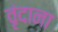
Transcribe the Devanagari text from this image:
वृंदाना